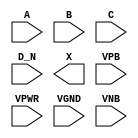
module sky130_fd_sc_ms__or4b (
    //# {{data|Data Signals}}
    input  A   ,
    input  B   ,
    input  C   ,
    input  D_N ,
    output X   ,

    //# {{power|Power}}
    input  VPB ,
    input  VPWR,
    input  VGND,
    input  VNB
);
endmodule